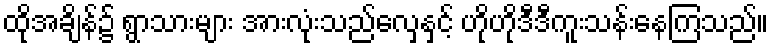
ထိုအချိန်၌ ရွာသားများ အားလုံးသည်လှေနှင့် ဟိုဟိုဒီဒီကူးသန်းနေကြသည်။